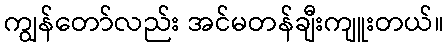
ကျွန်တော်လည်း အင်မတန်ချီးကျူးတယ်။